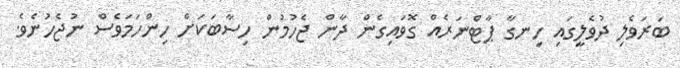
ބަރަވެލި ދުވެލީގައި ހިނގާ ޕާޓްނަރެއް ގޮވައިގެން ދާން ޖެހުމުން ހިސާބަކަށް ހިންހަމަވެސް ނުޖެހުނެވެ.